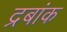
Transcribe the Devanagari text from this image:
द्रबांक